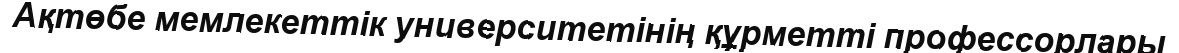
Ақтөбе мемлекеттік университетінің құрметті профессорлары